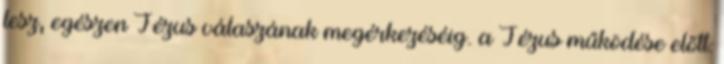
lesz, egészen Jézus válaszának megérkezéséig. a Jézus működése előtt: